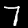
Digit: 7